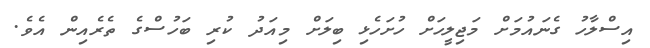
އިސްލާހު ގެނައުމަށް މަޖިލީހަށް ހުށަހެޅި ބިލަށް މިއަދު ކުރި ބަހުސްގެ ތެރެއިން އެވެ.